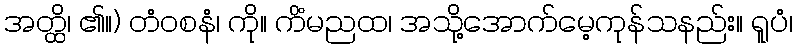
အတ္ထိ၊ ၏။) တံဝစနံ၊ ကို။ ကိံမညထ၊ အသို့အောက်မေ့ကုန်သနည်း။ ရူပံ၊